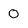
Character: O